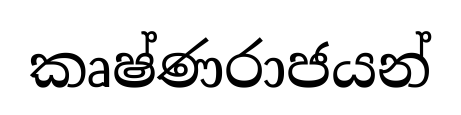
කෘෂ්ණරාජයන්